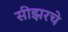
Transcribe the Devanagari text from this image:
सीझरचे